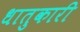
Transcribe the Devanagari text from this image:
धातुकारी